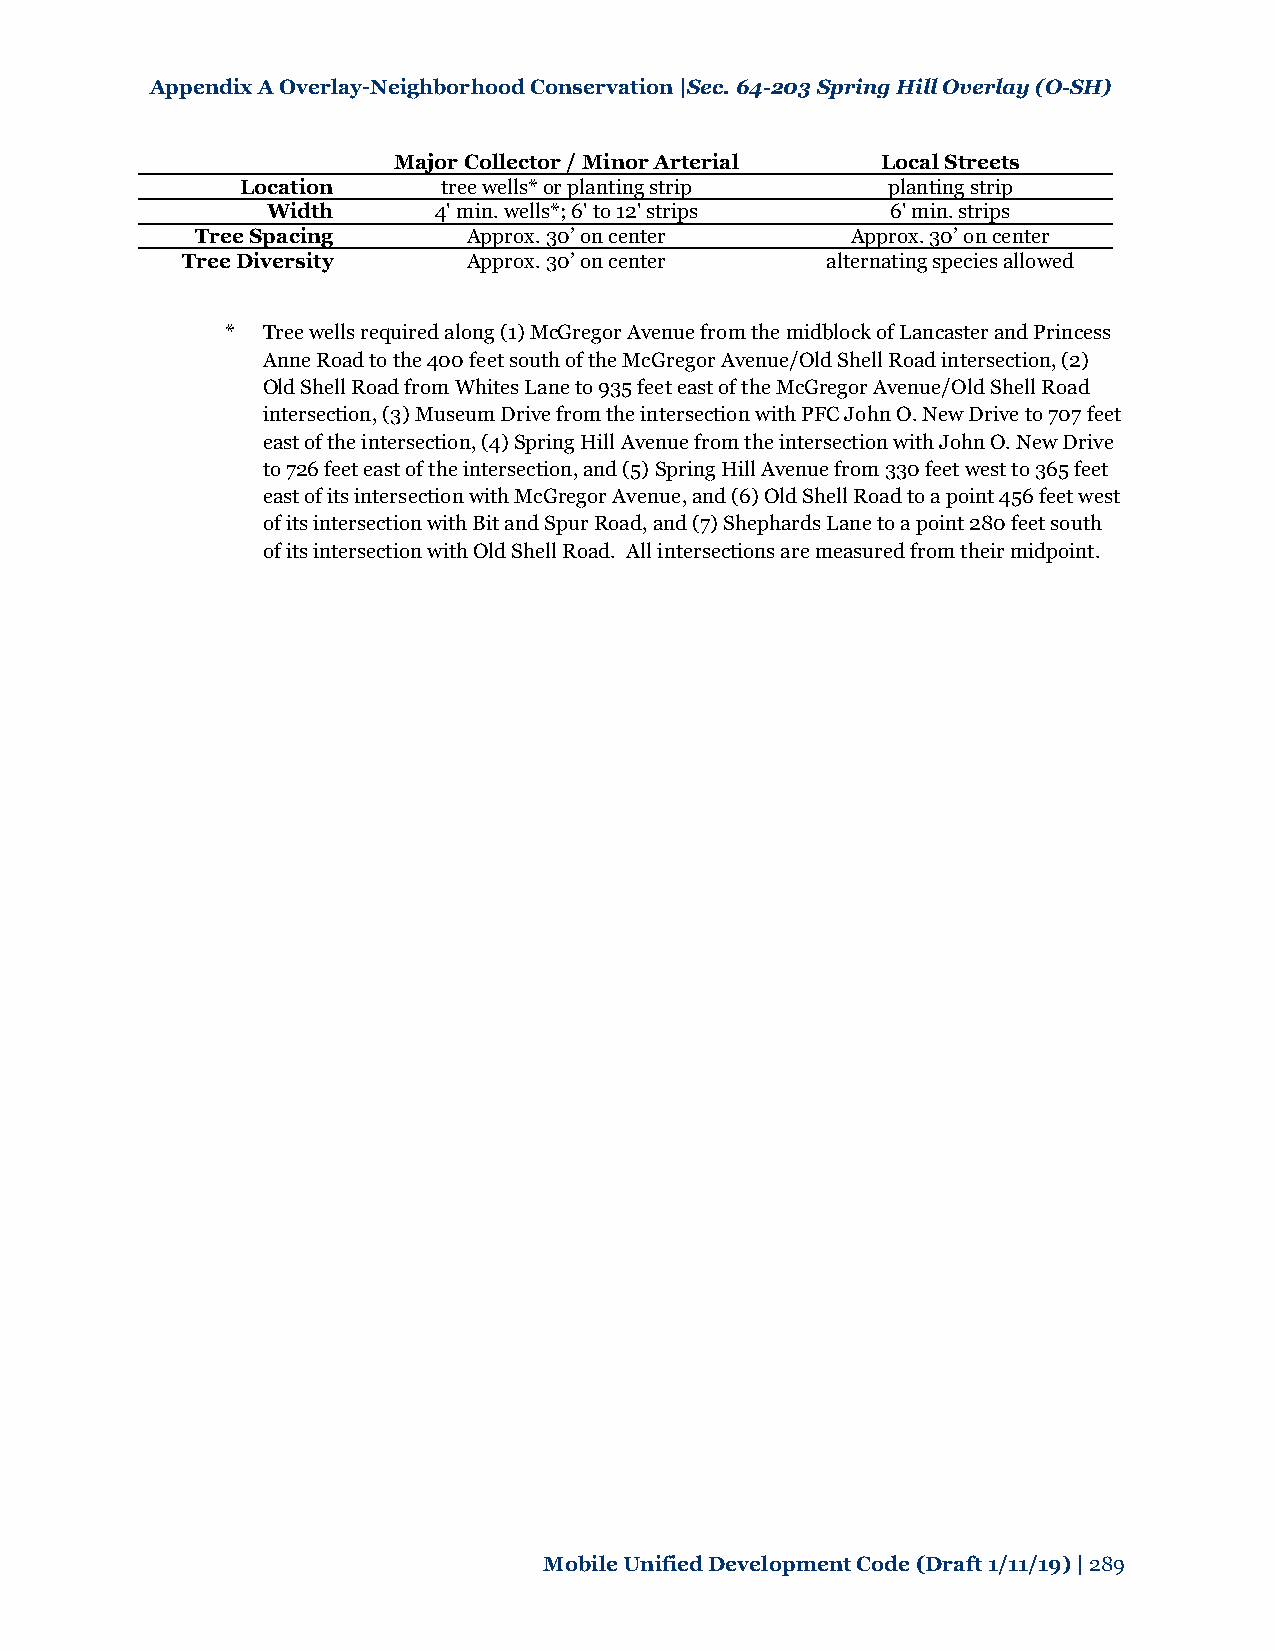
Appendix A Overlay-Neighborhood Conservation |Sec. 64-203 Spring Hill Overlay (O-SH)
 Major Collector / Minor Arterial Local Streets
 Location     tree wells* or planting strip planting strip
 Width      4' min. wells*; 6' to 12' strips 6' min. strips
 Tree Spacing      Approx. 30’ on center    Approx. 30’ on center
 Tree Diversity     Approx. 30’ on center   alternating species allowed
 * Tree wells required along (1) McGregor Avenue from the midblock of Lancaster and Princess
 Anne Road to the 400 feet south of the McGregor Avenue/Old Shell Road intersection, (2)
 Old Shell Road from Whites Lane to 935 feet east of the McGregor Avenue/Old Shell Road
 intersection, (3) Museum Drive from the intersection with PFC John O. New Drive to 707 feet
 east of the intersection, (4) Spring Hill Avenue from the intersection with John O. New Drive
 to 726 feet east of the intersection, and (5) Spring Hill Avenue from 330 feet west to 365 feet
 east of its intersection with McGregor Avenue, and (6) Old Shell Road to a point 456 feet west
 of its intersection with Bit and Spur Road, and (7) Shephards Lane to a point 280 feet south
 of its intersection with Old Shell Road. All intersections are measured from their midpoint.
 Mobile Unified Development Code (Draft 1/11/19) | 289